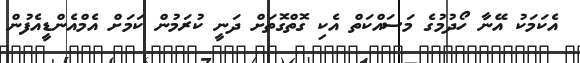
އެކަމަކު އޭނާ ހޯދުމުގެ މަސައްކަތް އެކި ގޮތްގޮތަށް ދަނީ ކުރަމުން ކަމަށް އެމްއެންޑީއެފުން